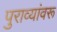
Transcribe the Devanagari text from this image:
पुराव्यांवरू